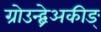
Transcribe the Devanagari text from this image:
ग्रोउन्द्ब्रेअकीङ्